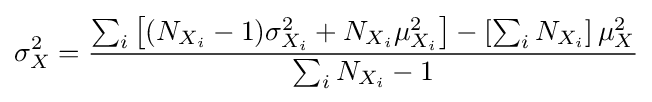
\sigma _{X}^{2}={\frac {\sum _{i}\left[(N_{X_{i}}-1)\sigma _{X_{i}}^{2}+N_{X_{i}}\mu _{X_{i}}^{2}\right]-\left[\sum _{i}N_{X_{i}}\right]\mu _{X}^{2}}{\sum _{i}N_{X_{i}}-1}}